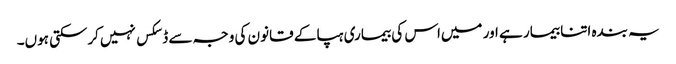
یہ بندہ اتنا بیمار ہے اور میں‌اس کی بیماری ہپا کے قانون کی وجہ سے ڈسکس نہیں‌کرسکتی ہوں۔